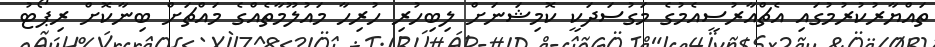
ތައްޔާރުކުރުމުގައި އެޗްއާރުސީއެމުގެ މަގުސަދަކީ ކޮމިޝަނަށް ލިބިހުރި ހުރިހާ މައުލޫމާތެއްގެ މައްޗަށް ބިނާކޮށް ރިޕޯޓު